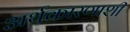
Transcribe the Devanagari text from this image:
अर्थकारणाशी